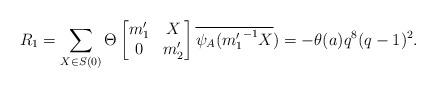
LaTeX: \begin{align*} R_1=\sum_{X \in S(0)}\Theta \begin{bmatrix} m_1' & X\\ 0 & m_2' \end{bmatrix} \overline{\psi_A({m_1'}^{-1}X})=-\theta(a)q^8(q-1)^2. \end{align*}